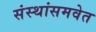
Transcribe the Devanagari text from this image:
संस्थांसमवेत